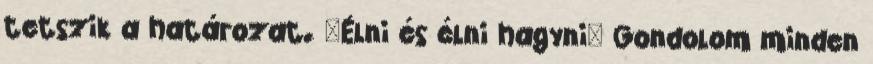
tetszik a határozat. "Élni és élni hagyni" Gondolom minden